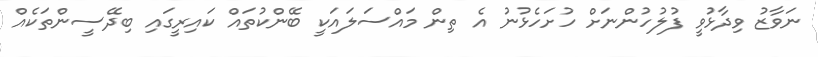
ނަވާޒު ވިދާޅުވީ ފުލުހުންނަށް ހުށަހެޅުނު އެ ތިން މައްސަލައަކީ ބޭންކުތައް ކައިރީގައި ބިދޭސީންތަކެއް